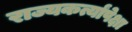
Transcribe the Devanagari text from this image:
राज्यकर्त्यांपेक्षा